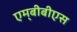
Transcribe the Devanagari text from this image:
एम्‌बीबीएस